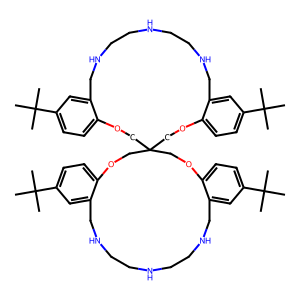
SMILES: CC(C)(C)c1ccc2c(c1)CNCCNCCNCc1cc(C(C)(C)C)ccc1OCC1(CO2)COc2ccc(C(C)(C)C)cc2CNCCNCCNCc2cc(C(C)(C)C)ccc2OC1
Inhibits HIV replication: No